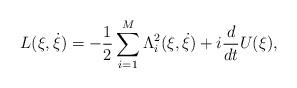
LaTeX: \begin{align*} L(\xi,\dot{\xi})=-\frac{1}{2}\sum_{i=1}^{M}\Lambda_i^2(\xi,\dot{\xi})+ i\frac{d}{dt}U(\xi),\end{align*}